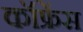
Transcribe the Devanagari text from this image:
कॉफ्रेंस